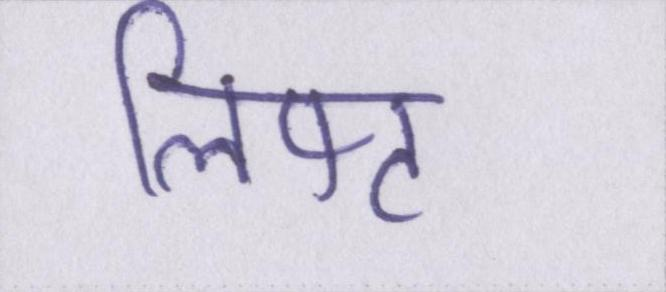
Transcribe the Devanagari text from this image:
लिफ्ट